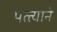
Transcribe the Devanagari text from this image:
पत्त्याने